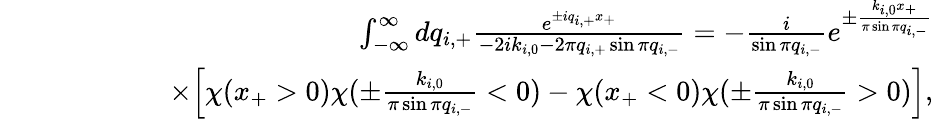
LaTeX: \begin{array}{rlr}&{}&{\int_{-\infty}^{\infty}dq_{i,+}\frac{e^{\pm iq_{i,+}x_{+}}}{-2ik_{i,0}-2\pi q_{i,+}\sin\pi q_{i,-}}=-\frac{i}{\sin\pi q_{i,-}}e^{\pm\frac{k_{i,0}x_{+}}{\pi\sin\pi q_{i,-}}}}\\ &{}&{\quad\quad\quad\quad\times\Big[\chi(x_{+}>0)\chi(\pm\frac{k_{i,0}}{\pi\sin\pi q_{i,-}}<0)-\chi(x_{+}<0)\chi(\pm\frac{k_{i,0}}{\pi\sin\pi q_{i,-}}>0)\Big],}\end{array}